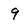
Character: 9